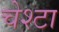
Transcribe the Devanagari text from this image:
चेश्टा